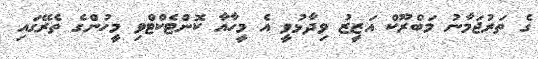
ގެ ތަރުޖަމާނު މަބްރޫކް އަޒީޒު ވިދާޅުވީ އެ މީހާއާ ކޮންޓެކްޓްވި މީހުންގެ ތެރޭގައި